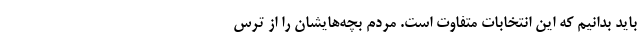
باید بدانیم که این انتخابات متفاوت است. مردم بچه‌هایشان را از ترس